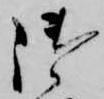
御